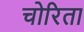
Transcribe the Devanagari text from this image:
चोरिता